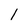
Character: l